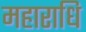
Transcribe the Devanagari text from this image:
महाराधि